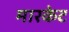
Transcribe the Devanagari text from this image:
मारकेट